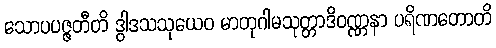
သောပပဇ္ဇတီတိ ဒွါဒသသုယေဝ မာတုဂါမသုတ္တာဒိဝဏ္ဏနာ ပရိဏတောတိ